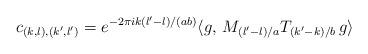
LaTeX: \begin{align*}c_{(k,l),(k',l')} = e^{- 2 \pi i k (l'-l)/(ab)} \langle g , \, M_{(l'-l)/a} T_{(k'-k)/b} \, g \rangle\end{align*}